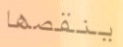
ينقصها